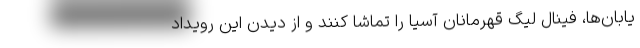
یابان‌ها، فینال لیگ قهرمانان آسیا را تماشا کنند و از دیدن این رویداد